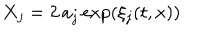
X _ { j } = 2 \, a _ { j } \exp \left( \xi _ { j } ( { t , x } ) \right)